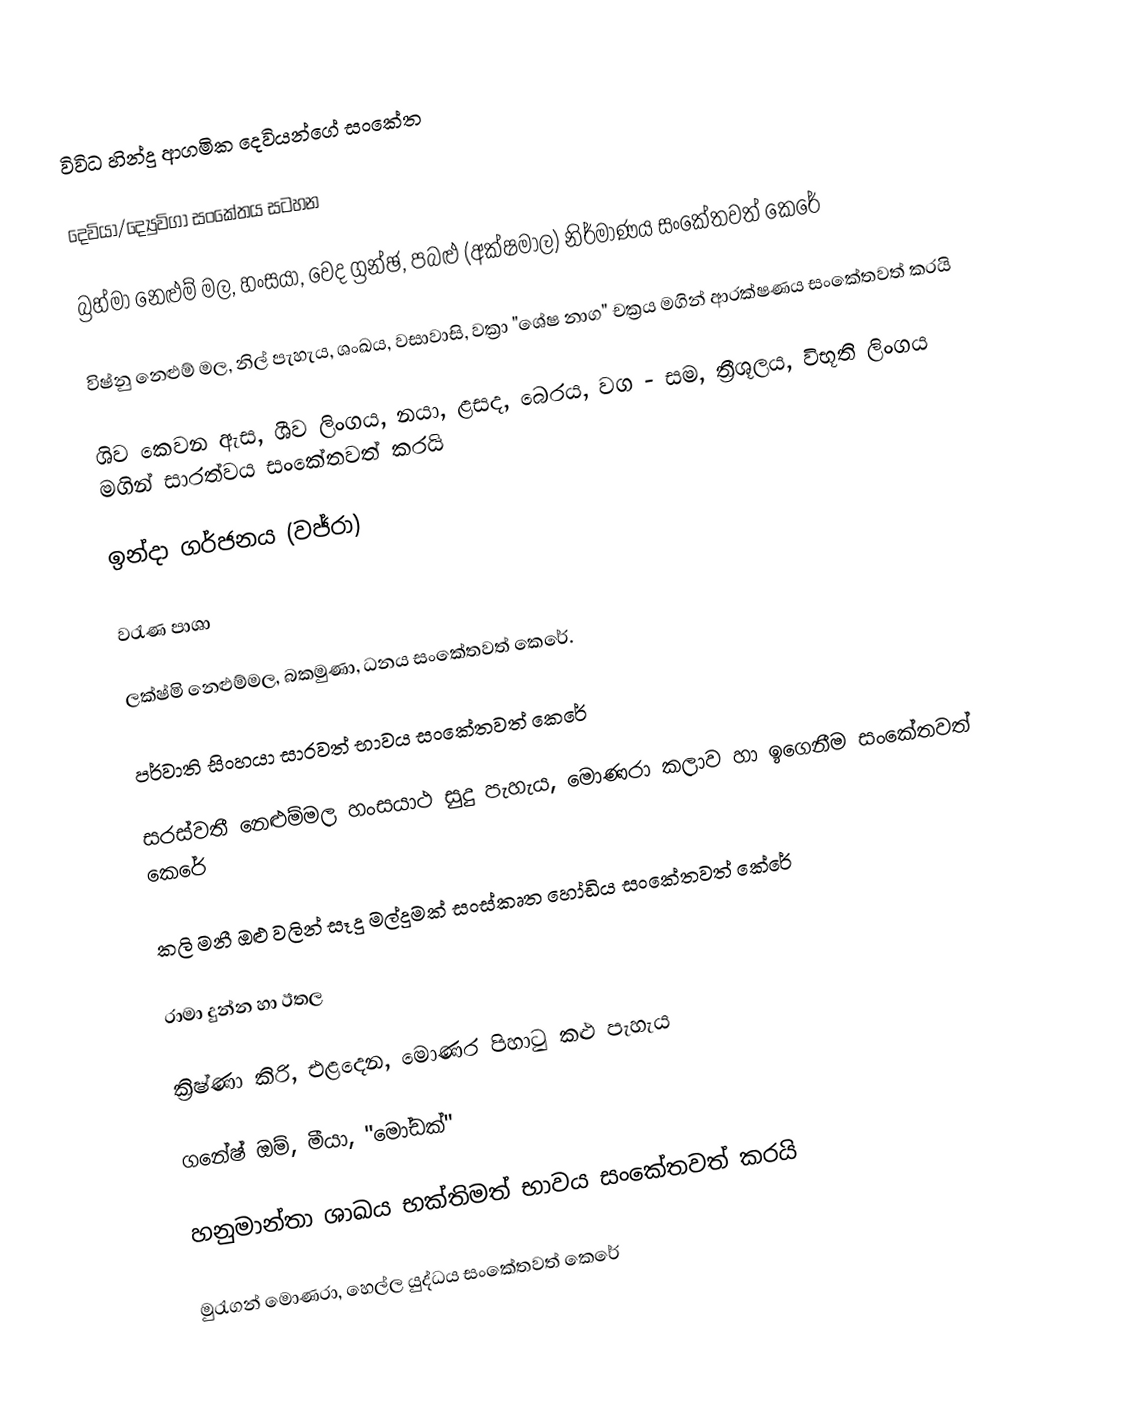
විවිධ හින්දු ආගමික දෙවියන්ගේ සංකේත

දෙවියා/ද්‍යෙුවිගා	      සංකේතය	            සටහන

බ්‍රහ්මා	           නෙළුම් මල,  හංසයා, වෙද ග්‍රන්ඡ, පබළු (අක්ෂමාල)	      නිර්මාණය සංකේතවත් කෙරේ

විෂ්නු	           නෙළුම් මල, ‍නිල් පැහැය, ශංඛය, වසාවාසි, වක්‍රා "ශේෂ නාග"	     චක්‍රය මගින් ආරක්ෂණය සංකේතවත් කරයි

ශිව	            කෙවන ඇස, ශීව ලිංගය, නයා, ළසද, බෙරය, වග - සම, ත්‍රීශූලය, විභූති	    ලිංගය මගින් සාරත්වය සංකේතවත් කරයි

ඉන්දා          	ගර්ජනය (වජ්රා)

වරැණ	          පාශා

ලක්ෂ්මි	නෙළුම්මල,       බකමුණා, 	          ධනය සංකේතවත් කෙරේ.

පර්වාති 	          සිංහයා 	        සාරවත් භාවය සංකේතවත් කෙරේ

සරස්වතී	         නෙළුම්මල හංසයාථ සුදු පැහැය,        මොණරා	කලාව හා ඉගෙනීම සංකේතවත් කෙරේ

කලි	            මනී ඔළු වලින් සෑදු මල්දුමක් 	    සංස්කෘත හෝඩිය සංකේතවත් කේරේ

රාමා 	           දුන්න හා ඊතල

ක්‍රිෂ්ණා	           කිරි, එළදෙන, මොණර පිහාටු කළු පැහැය

ගනේෂ්	           ඔම්, මීයා, ‍"මෝඩක්"

හනුමාන්තා     	    ශාඛය	                         භක්තිමත් භාවය සංකේතවත් කරයි

මුරැගන්            	මොණරා, හෙල්ල	යුද්ධය          සංකේතවත් කෙරේ